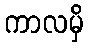
ကာလမှိ